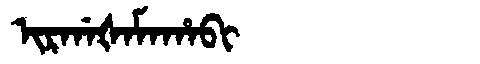
Manchu: ᡳᡵᡤᠠᡧᠠᠮᠠᡥᠠᠪᡳ
Romanization: IRGAŠAMAHABI